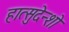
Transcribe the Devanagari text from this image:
हात्सुदेन्शो